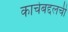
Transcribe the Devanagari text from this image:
काचेबद्दलची